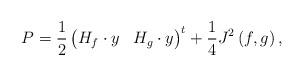
LaTeX: \begin{align*}P=\frac{1}{2}\begin{pmatrix}H_{f}\cdot y & H_{g}\cdot y\end{pmatrix}^{t}+\frac{1}{4}J^{2}\left( f,g\right) ,\end{align*}